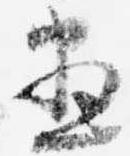
尽